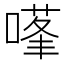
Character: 𭊊